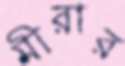
মীরার